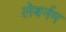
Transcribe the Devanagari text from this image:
लेबर्नम